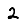
Digit: 2